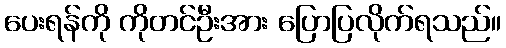
ပေးရန်ကို ကိုတင်ဦးအား ပြောပြလိုက်ရသည်။